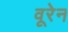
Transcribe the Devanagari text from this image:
वूरेन